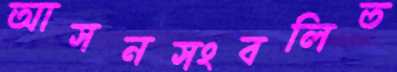
আসনসংবলিত